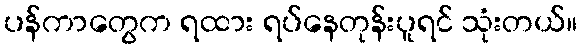
ပန်ကာတွေက ရထား ရပ်နေတုန်းပူရင် သုံးတယ်။